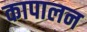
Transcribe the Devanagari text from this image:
कापालन